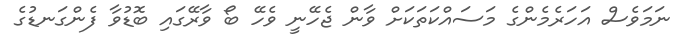
ނަމަވެސް އަހަރެމެންގެ މަސައްކަތަކަށް ވާން ޖެހޭނީ ވެހޭ ބޯ ވާރޭގައި ބޮޑުވާ ފެންގަނޑުގެ